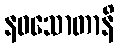
နဝသောတာနိ